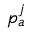
p _ { a } ^ { j }